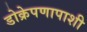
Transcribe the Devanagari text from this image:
डोक्रेपणापाशी